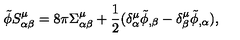
\tilde { \phi } S _ { \alpha \beta } ^ { \mu } = 8 \pi \Sigma _ { \alpha \beta } ^ { \mu } + \frac { 1 } { 2 } ( \delta _ { \alpha } ^ { \mu } \tilde { \phi } _ { , \beta } - \delta _ { \beta } ^ { \mu } \tilde { \phi } _ { , \alpha } ) ,